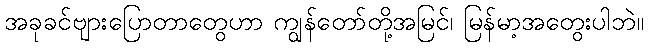
အခုခင်ဗျားပြောတာတွေဟာ ကျွန်တော်တို့အမြင်၊ မြန်မာ့အတွေးပါဘဲ။